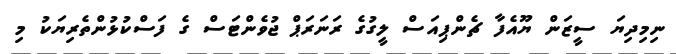
ނިމިދިޔަ ސީޒަން ޔޫއެފާ ޗެންޕިއަސް ލީގުގެ ރަނަރަޕް ޖުވެންޓަސް ގެ ފަސްކުޅުންތެރިޔަކު މި